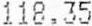
118.35